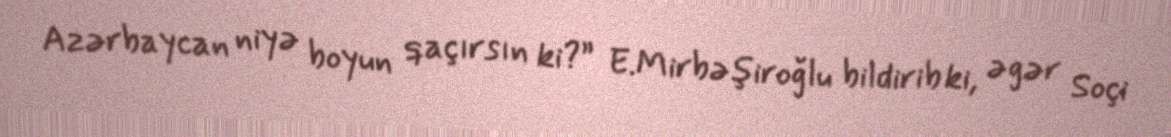
Azərbaycan niyə boyun qaçırsın ki?” E.Mirbəşiroğlu bildirib ki, əgər Soçi